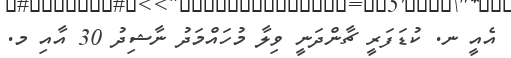
އެއީ ނ. ކުޑަފަރީ ޗާންދަނީ ވިލާ މުހައްމަދު ނާޝިދު 30 އާއި މ.